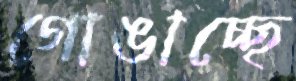
গোঙাচ্ছে